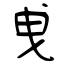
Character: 曵